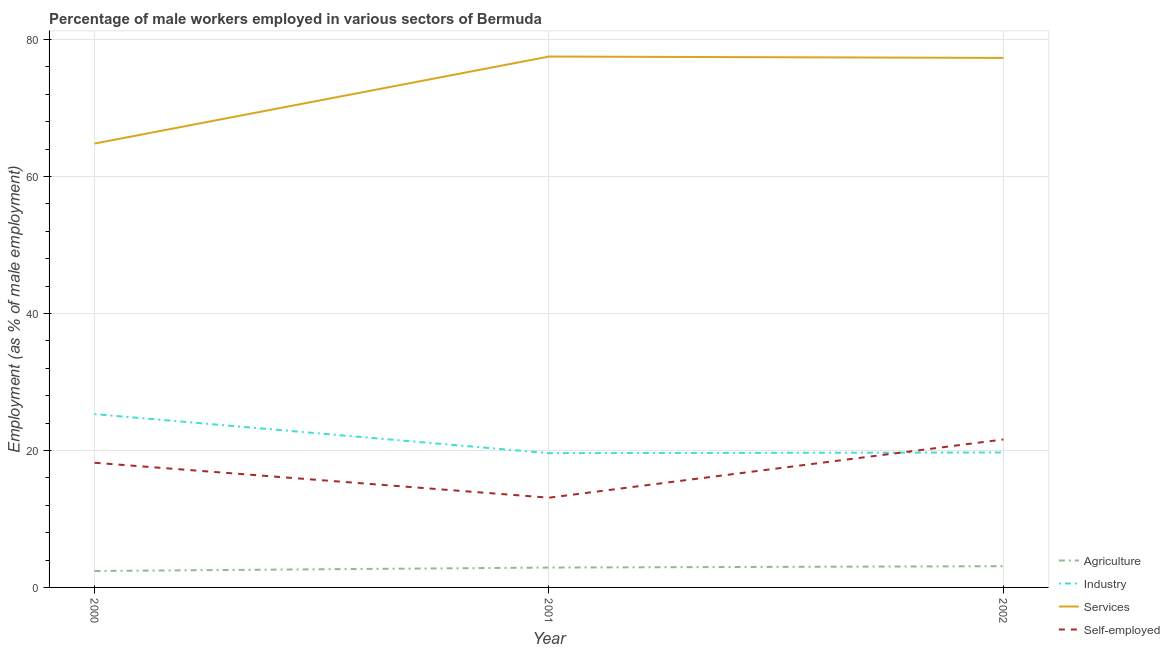
| Year | Agriculture | Industry | Services | Self-employed |
 | --- | --- | --- | --- | --- |
 | 2000 | 2.4 | 25.3 | 64.8 | 18.2 |
 | 2001 | 2.9 | 19.6 | 77.5 | 13.1 |
 | 2002 | 3.1 | 19.7 | 77.3 | 21.6 |